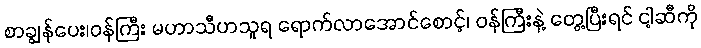
စာချွန်ပေး၊ဝန်ကြီး မဟာသီဟသူရ ရောက်လာအောင်စောင့်၊ ဝန်ကြီးနဲ့ တွေ့ပြီးရင် ငါ့ဆီကို